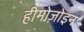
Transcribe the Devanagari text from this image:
हीमोज़ोइन